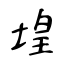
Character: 堭